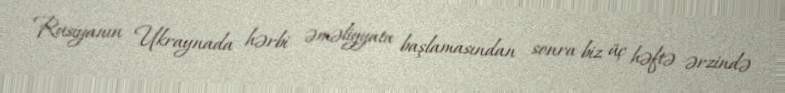
Rusiyanın Ukraynada hərbi əməliyyata başlamasından sonra biz üç həftə ərzində